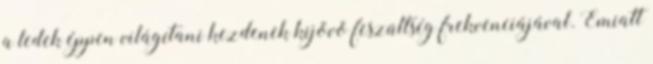
a ledek éppen világítani kezdenek kijövõ feszültség frekvenciájával. Emiatt